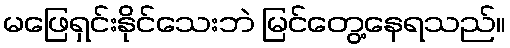
မဖြေရှင်းနိုင်သေးဘဲ မြင်တွေ့နေရသည်။